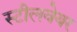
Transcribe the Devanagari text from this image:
स्टीलवेयर